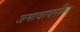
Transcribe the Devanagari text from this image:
जमावावरील